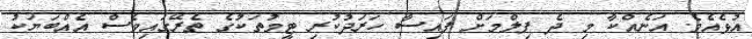
އުޅެއެވެ. އަނެއްކާ މި ދެ ފިލްމަށް ފައިސާ ހަރަދުކުރި ޓީމުތަކުގެ ތެރޭގައިވެސް އެއްބަޔަކު